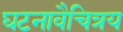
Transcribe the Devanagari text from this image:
घटनावैचित्रय